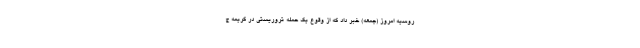
روسیه امروز (جمعه) خبر داد که از وقوع یک حمله تروریستی در کریمه ج